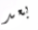
بعد